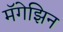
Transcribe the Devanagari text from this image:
मॅगेझिन